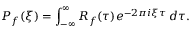
P _ { f } ( \xi ) = \int _ { - \infty } ^ { \infty } R _ { f } ( \tau ) e ^ { - 2 \pi i \xi \tau } \, d \tau .